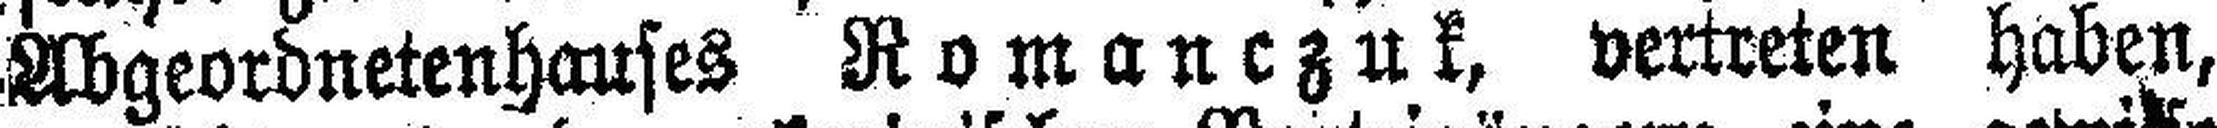
Abgeordnetenhauses Romanczuk, vertreten haben,